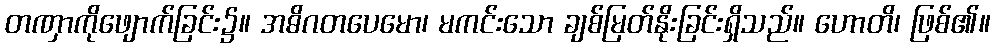
တဏှာကိုဖျောက်ခြင်း၌။ အဓိဂတပေမော၊ မကင်းသော ချစ်မြတ်နိုးခြင်းရှိသည်။ ဟောတိ၊ ဖြစ်၏။